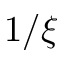
1 / \xi